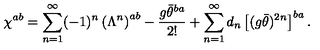
\chi ^ { a b } = \sum _ { n = 1 } ^ { \infty } ( - 1 ) ^ { n } \left( \Lambda ^ { n } \right) ^ { a b } - \frac { g \bar { \theta } ^ { b a } } { 2 ! } + \sum _ { n = 1 } ^ { \infty } d _ { n } \left[ ( g \bar { \theta } ) ^ { 2 n } \right] ^ { b a } .